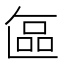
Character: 𭉘